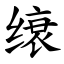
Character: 缞